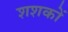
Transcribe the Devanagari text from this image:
शशकों